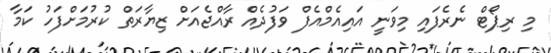
މި ރިޕޯޓް ނެރެފައި މިވަނީ އައިއެމްއެފް ވަފުދެއް ރާއްޖެއަށް ޒިޔާރަތް ކުރުމަށްފަހު ކަމާ